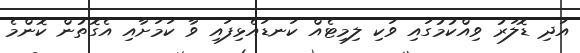
އަދި ޑޮލަރު ވިއްކުމުގައި ވަކި ލިމިޓެއް ކަނޑައެޅިފައި ވާ ކަމަށާއި އެގޮތުން ކޮންމެ